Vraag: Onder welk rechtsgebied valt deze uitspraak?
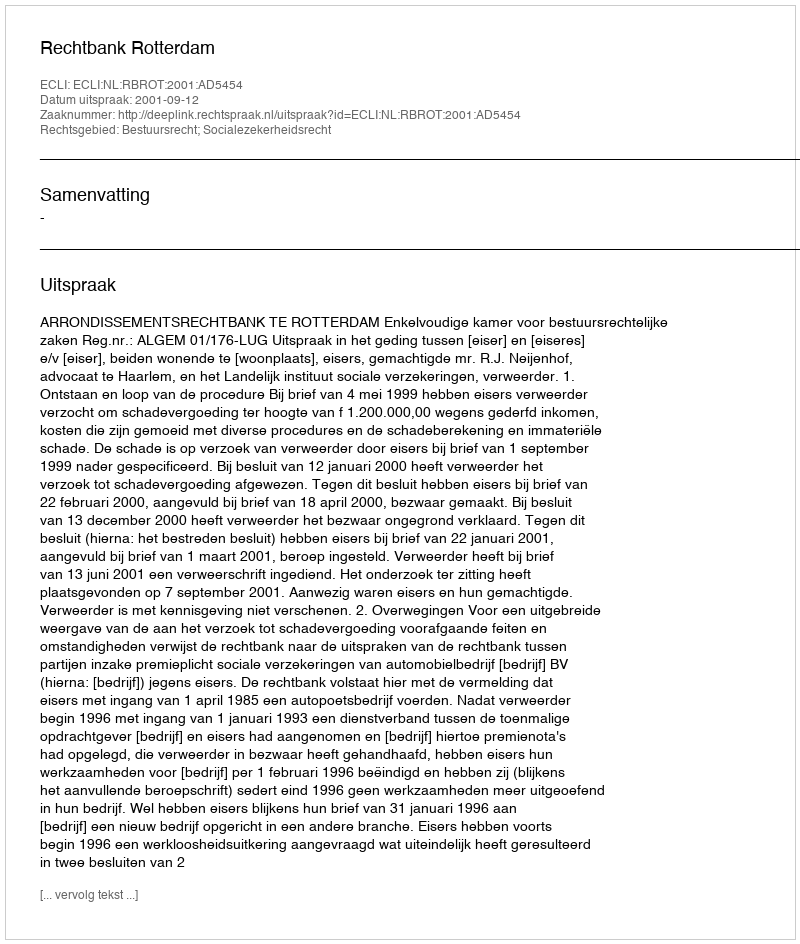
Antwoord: Bestuursrecht; Socialezekerheidsrecht